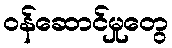
ဝန်ဆောင်မှုတွေ